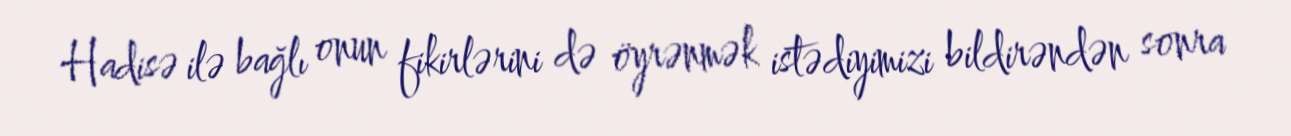
Hadisə ilə bağlı onun fikirlərini də öyrənmək istədiyimizi bildirəndən sonra